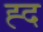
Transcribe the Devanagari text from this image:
ह्द